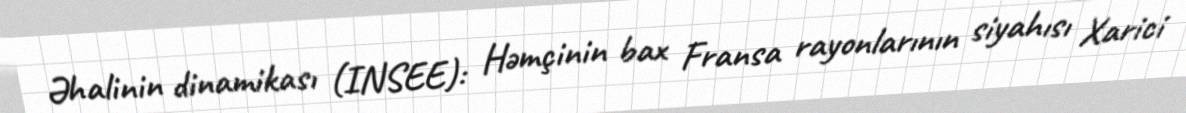
Əhalinin dinamikası (INSEE): Həmçinin bax Fransa rayonlarının siyahısı Xarici